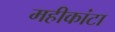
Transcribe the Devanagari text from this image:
महीकांटा